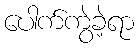
ပေါက်ကွဲခဲ့ရာ